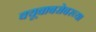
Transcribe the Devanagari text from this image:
क्यूबाबरोबरच्या